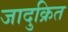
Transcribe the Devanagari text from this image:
जादुक्रित